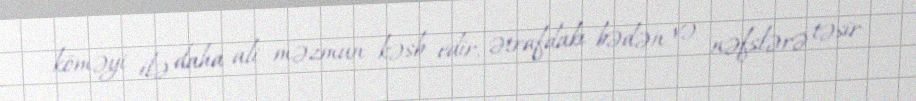
köməyi ilə daha ali məzmun kəsb edir, ətrafdakı bədən və nəfslərə təsir